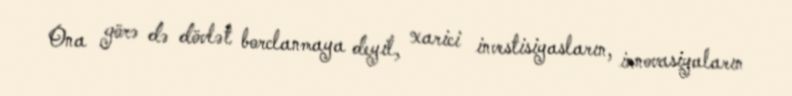
Ona görə də dövlət borclanmaya deyil, xarici investisiyasların, innovasiyaların